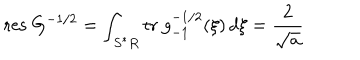
LaTeX: \mathrm { r e s } \ G ^ { - 1 / 2 } = \int _ { S ^ { * } R } \mathrm { t r } \ g _ { - 1 } ^ { - 1 / 2 } ( \xi ) \, d \xi = \frac { 2 } { \sqrt { a } }